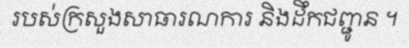
របស់ក្រសួងសាធារណការ និងដឹកជញ្ជូន ។